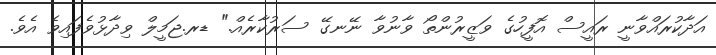
އަދާކުރައްވާނީ ރައީސް އޮފީހުގެ ވަޒީރުންތޯ ވާނުވާ ނޭނގޭ ސަރުކާރެއް." ޑރ.ޖަމީލް ވިދާޅުވެފައިވެ އެވެ.